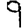
Digit: 9